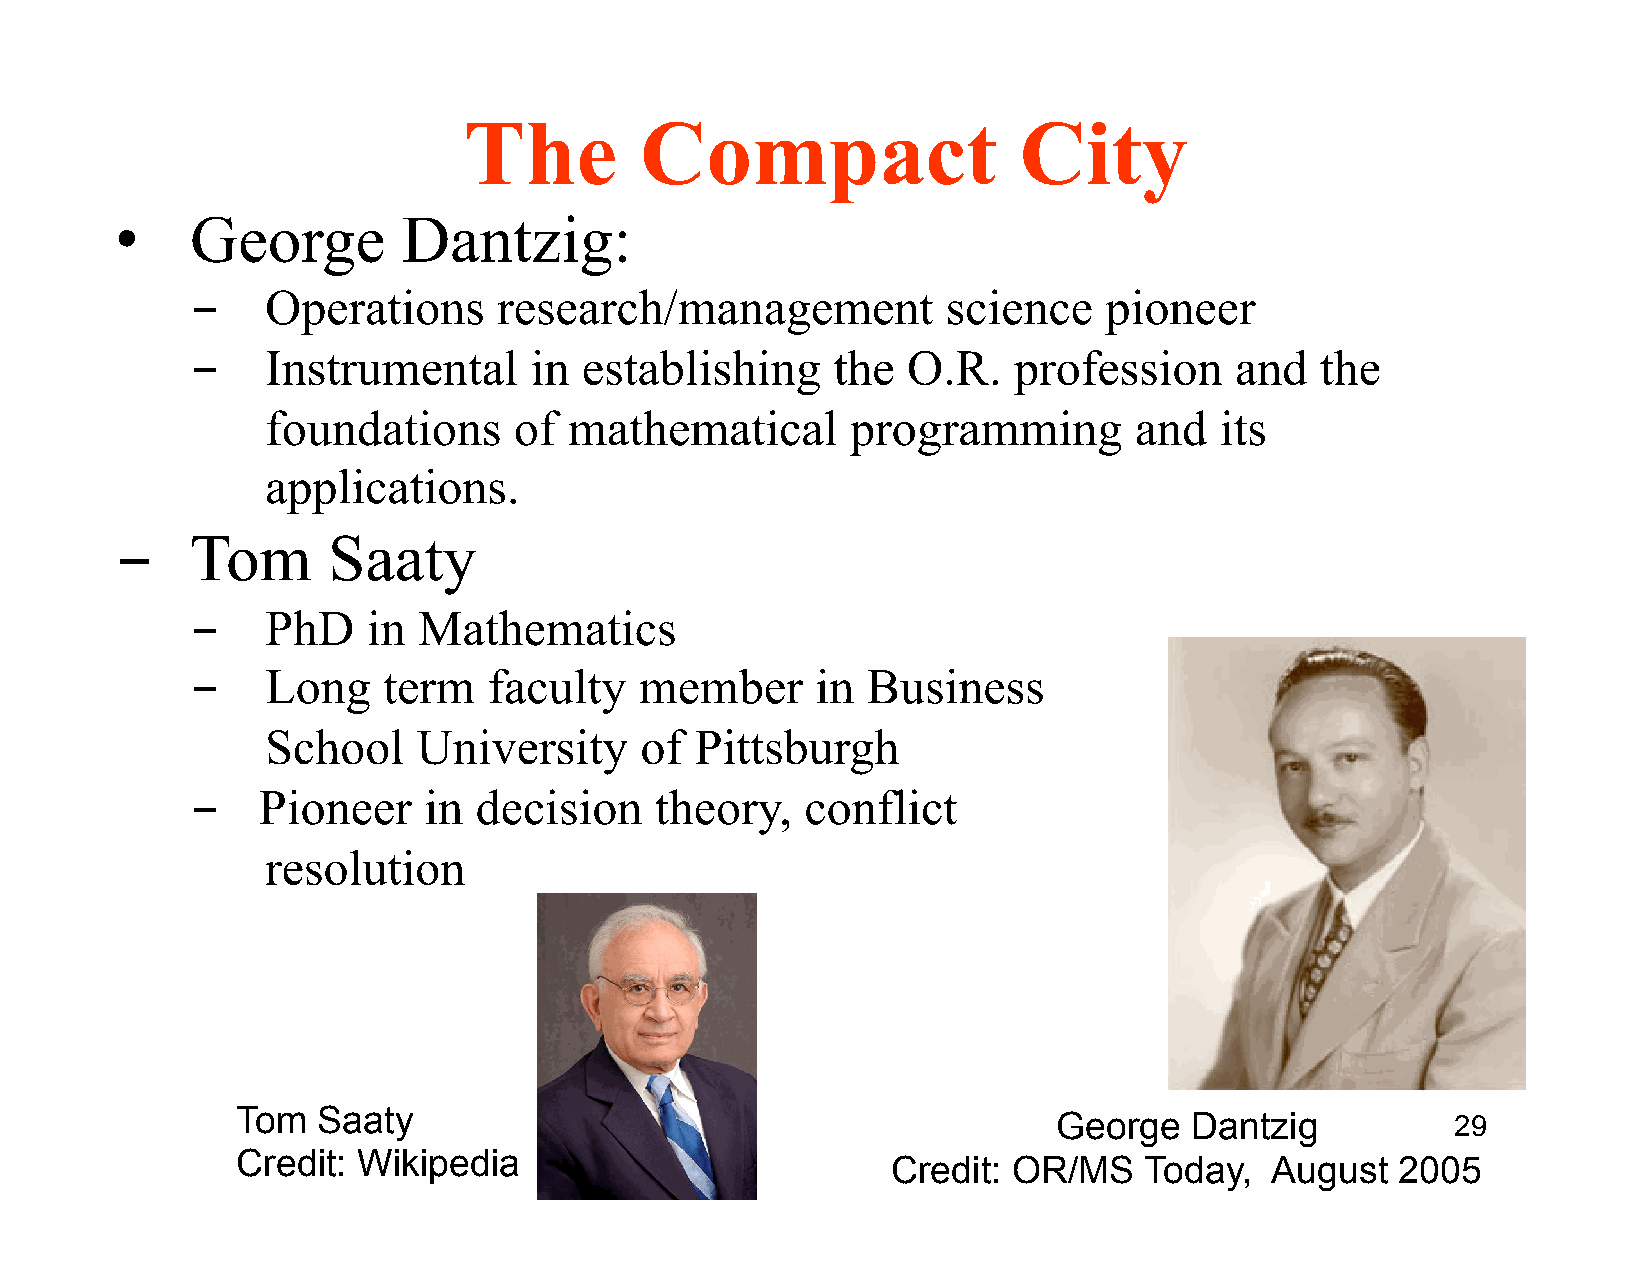
The        Compact                  City
 •    George        Dantzig:
 ­    Operations     research/management           science   pioneer
 ­    Instrumental     in  establishing    the  O.R.   profession     and  the
 foundations     of  mathematical      programming        and   its
 applications.
 ­    Tom      Saaty
 ­    PhD   in  Mathematics
 ­    Long   term   faculty   member      in Business
 School    University    of  Pittsburgh
 ­   Pioneer    in decision    theory,   conflict
 resolution
 Tom  Saaty
 George   Dantzig          29
 Credit: Wikipedia
 Credit: OR/MS    Today,  August   2005